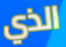
الذي